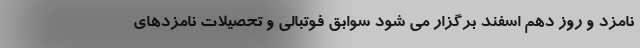
نامزد و روز دهم اسفند برگزار می شود سوابق فوتبالی و تحصیلات نامزدهای